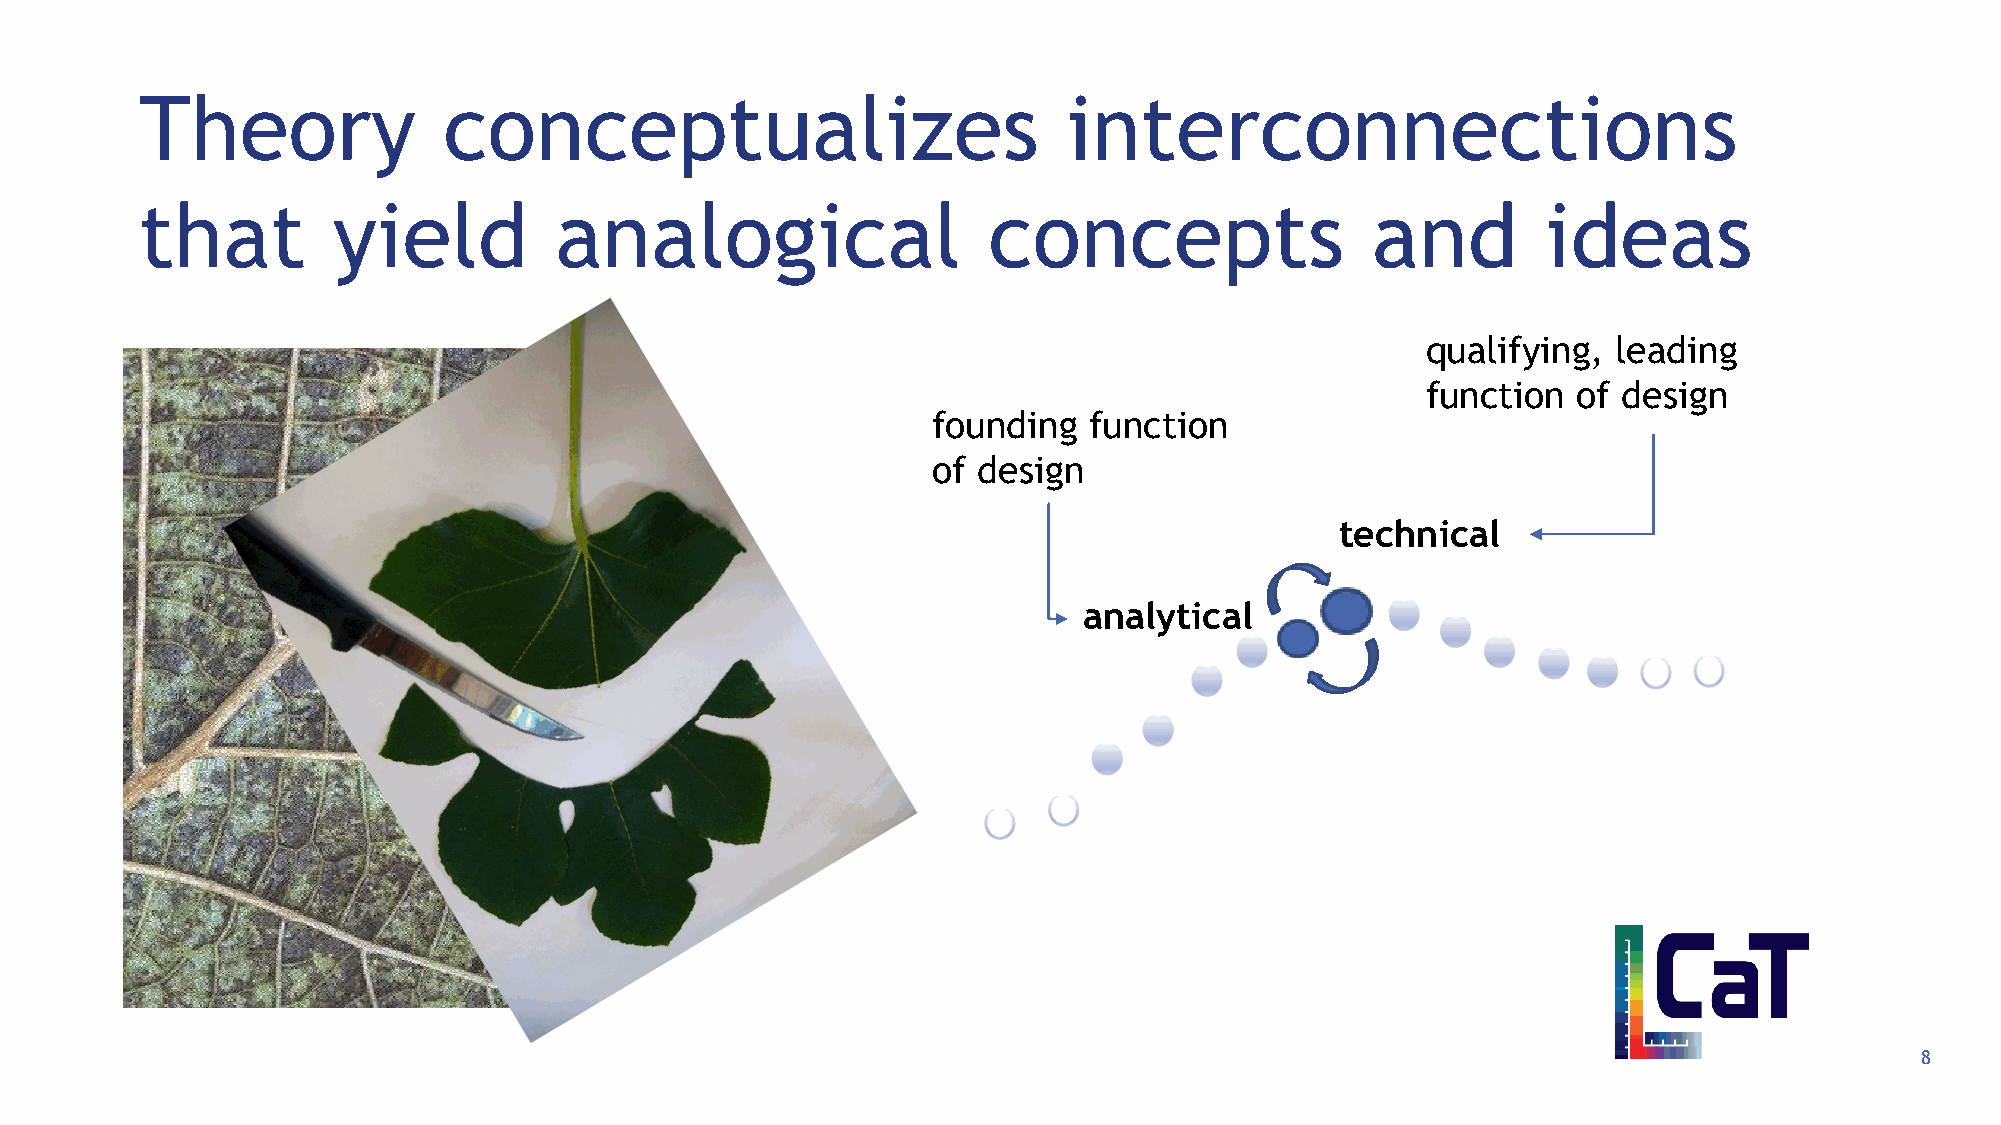
Theory              conceptualizes                            interconnections
 that         yield          analogical                  concepts                  and        ideas
 qualifying,  leading
 function  of design
 founding  function
 of design
 technical
 analytical
 8